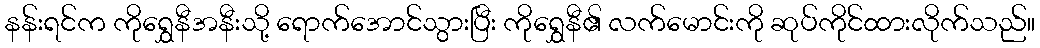
နန်းရင်က ကိုရွှေနီအနီးသို့ ရောက်အောင်သွားပြီး ကိုရွှေနီ၏ လက်မောင်းကို ဆုပ်ကိုင်ထားလိုက်သည်။